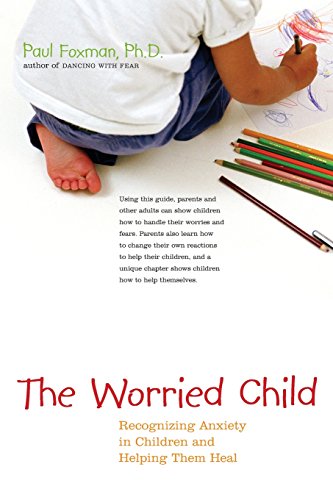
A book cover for The Worried Child: Recognizing Anxiety in Children and Helping Them Heal; Paul Foxman; Self-Help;